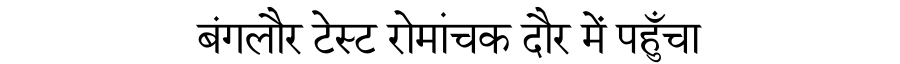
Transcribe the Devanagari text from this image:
बंगलौर टेस्ट रोमांचक दौर में पहुँचा